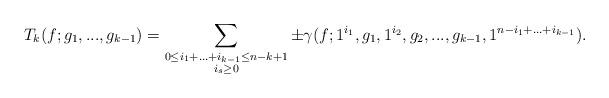
LaTeX: \begin{align*} T_k(f;g_1,...,g_{k-1})=\sum_{\substack{0\leq i_1+... + i_{k-1}\leq n-k+1\\ i_s\geq 0}} \pm \gamma(f;1^{i_1},g_1,1^{i_2},g_2,...,g_{k-1},1^{n-i_1+...+i_{k-1}}).\end{align*}